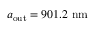
a _ { \mathrm { o u t } } = 9 0 1 . 2 \ \mathrm { n m }